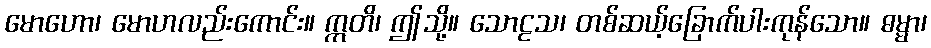
မောဟော၊ မောဟလည်းကောင်း။ ဣတိ၊ ဤသို့။ သောဠသ၊ တစ်ဆယ့်ခြောက်ပါးကုန်သော။ ဓမ္မာ၊